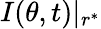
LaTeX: I(\theta,t)|_{r^{*}}